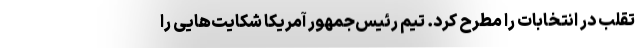
تقلب در انتخابات را مطرح کرد. تیم رئیس‌جمهور آمریکا شکایت‌هایی را